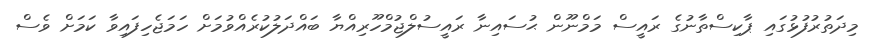
މިދަތުރުފުޅުގައި ޕާކިސްތާނުގެ ރައީސް މަމްނޫން ޙުސައިނާ ރައީސުލްޖުމްހޫރިއްޔާ ބައްދަލުކުރެއްވުމަށް ހަމަޖެހިފައިވާ ކަމަށް ވެސް